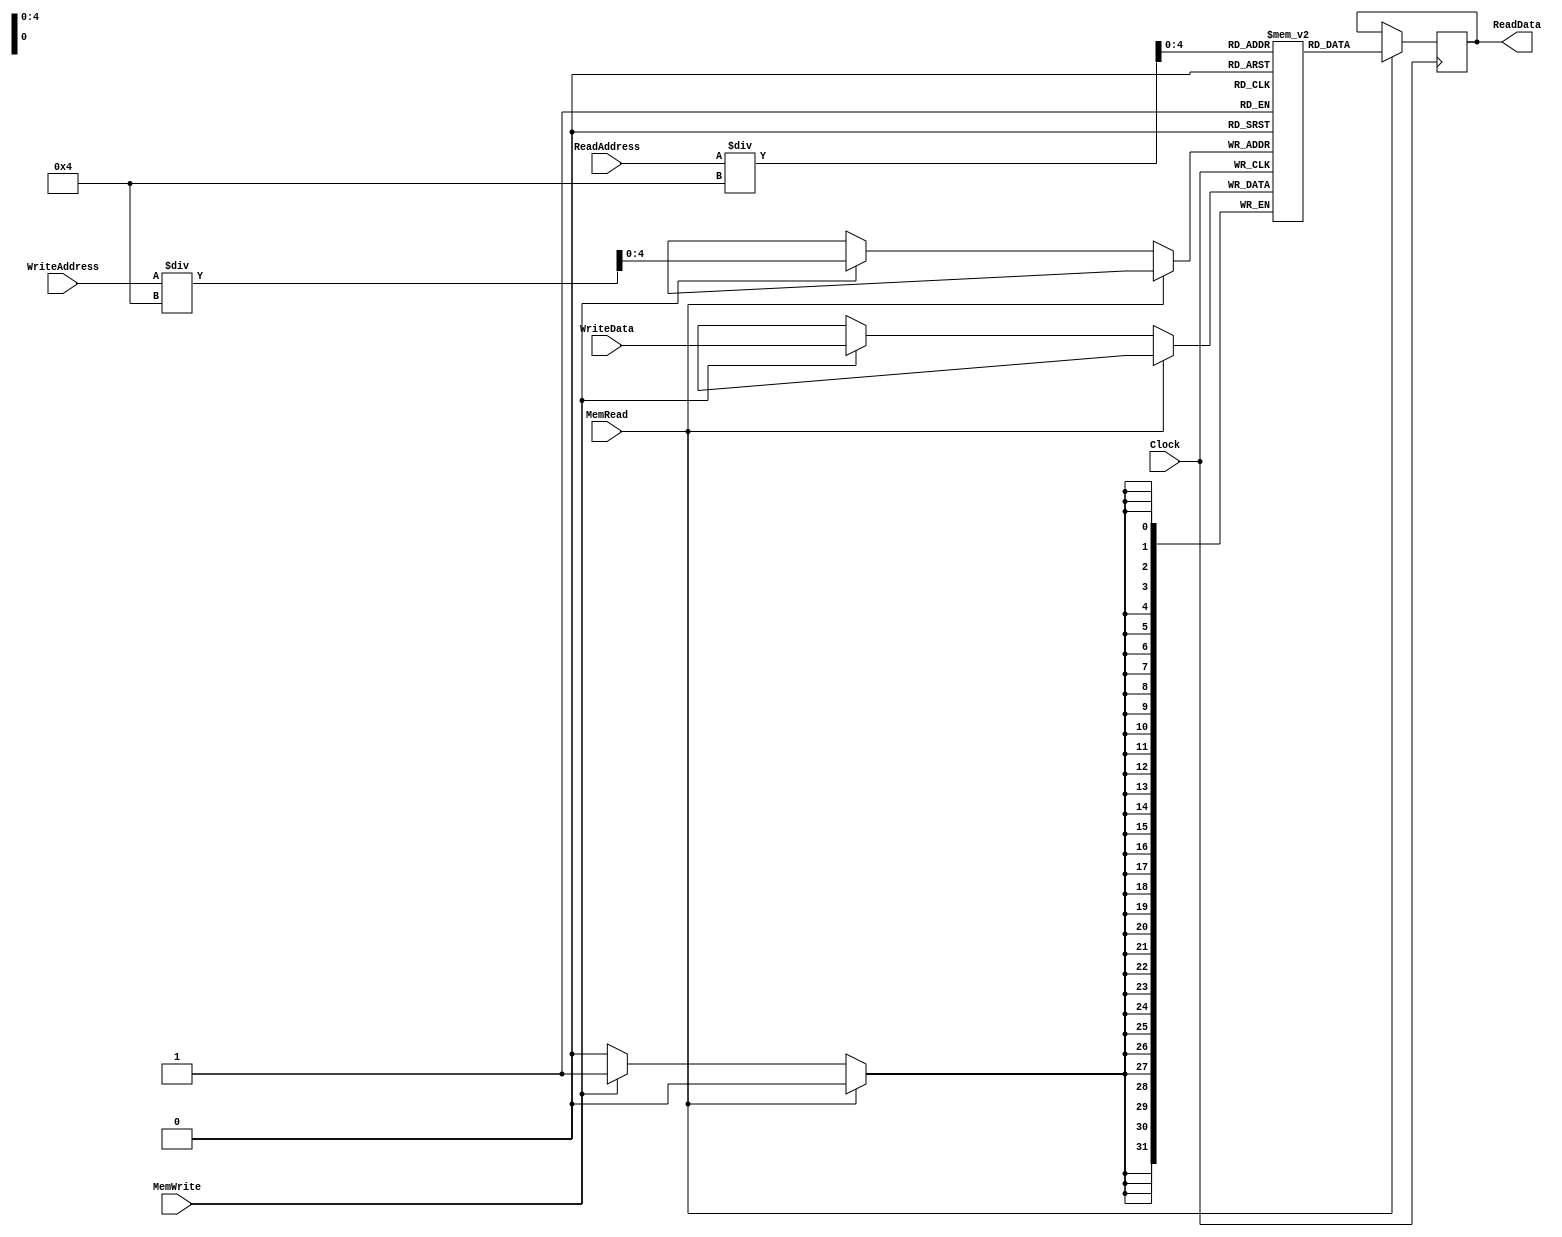
module Data_Memory(Clock, MemRead, ReadAddress, ReadData, MemWrite, WriteAddress, WriteData);
	input MemRead, MemWrite, Clock;
	input [31:0] ReadAddress, WriteAddress;
	input [31:0] WriteData;
	output reg [31:0] ReadData;
	reg [31:0] memory [0:31];
	integer raddr, waddr;
	initial begin
	  memory[0] = 32'b00000000000000000000000000000000;  // nop
    memory[1] = 32'b00000000000000000000000001010100;  // Value of 84
    memory[2] = 32'b00000000000000000000000000001011;  // Value of 11
    memory[3] = 32'b00000000000000000000000000000000;  // nop
    memory[4] = 32'b00000000000000000000000000000000;  // nop
    memory[5] = 32'b00000000000000000000000000000000;  // nop
    memory[6] = 32'b00000000000000000000000000000000;  // nop
    memory[7] = 32'b00000000000000000000000000000000;  // nop
    memory[8] = 32'b00000000000000000000000000000000;  // nop
    memory[9] = 32'b00000000000000000000000000000000;  // nop
    memory[10]= 32'b00000000000000000000000000000000;  // nop
    memory[11]= 32'b00000000000000000000000000000000;  // nop
    memory[12]= 32'b00000000000000000000000000000000;  // nop
    memory[13]= 32'b00000000000000000000000000000000;  // nop
    memory[14]= 32'b00000000000000000000000000000000;  // nop
    memory[15]= 32'b00000000000000000000000000000000;  // nop
    memory[16]= 32'b00000000000000000000000000000000;  // nop
    memory[17]= 32'b00000000000000000000000000000000;  // nop
    memory[18]= 32'b00000000000000000000000000000000;  // nop
    memory[19]= 32'b00000000000000000000000000000000;  // nop
    memory[20]= 32'b00000000000000000000000000000000;  // nop
    memory[21]= 32'b00000000000000000000000000000000;  // nop
    memory[22]= 32'b00000000000000000000000000000000;  // nop
    memory[23]= 32'b00000000000000000000000000000000;  // nop
    memory[24]= 32'b00000000000000000000000000000000;  // nop
    memory[25]= 32'b00000000000000000000000000000000;  // nop
    memory[26]= 32'b00000000000000000000000000000000;  // nop
    memory[27]= 32'b00000000000000000000000000000000;  // nop
    memory[28]= 32'b00000000000000000000000000000000;  // nop
    memory[29]= 32'b00000000000000000000000000000000;  // nop
    memory[30]= 32'b00000000000000000000000000000000;  // nop
    memory[31]= 32'b00000000000000000000000000000000;  // nop  
  end
	always @(posedge Clock) begin
		raddr = ReadAddress;
		waddr = WriteAddress;
		if(MemRead)
			ReadData = memory[raddr/4];
		else if(MemWrite)
			memory[waddr/4] = WriteData;
	end
endmodule